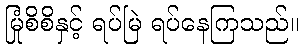
မြုံစိစိနှင့် ရပ်မြဲ ရပ်နေကြသည်။